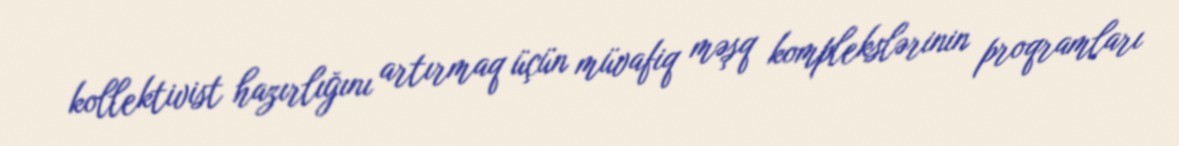
kollektivist hazırlığını artırmaq üçün müvafiq məşq komplekslərinin proqramları